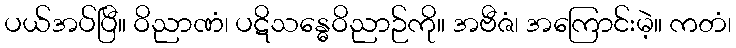
ပယ်အပ်ပြီ။ ဝိညာဏံ၊ ပဋိသန္ဓေဝိညာဉ်ကို။ အဗီဇံ၊ အကြောင်းမဲ့။ ကတံ၊